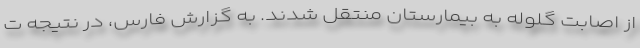
از اصابت گلوله به بیمارستان منتقل شدند. به گزارش فارس، در نتیجه ت